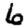
Digit: 6